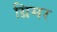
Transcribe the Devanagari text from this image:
ग्रिमर